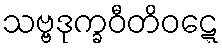
သဗ္ဗဒုက္ခဝီတိဝဋ္ဋေ